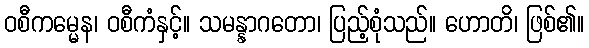
ဝစီကမ္မေန၊ ဝစီကံနှင့်။ သမန္နာဂတော၊ ပြည့်စုံသည်။ ဟောတိ၊ ဖြစ်၏။